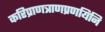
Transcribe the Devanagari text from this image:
करिप्राणत्राणप्रणयिनि